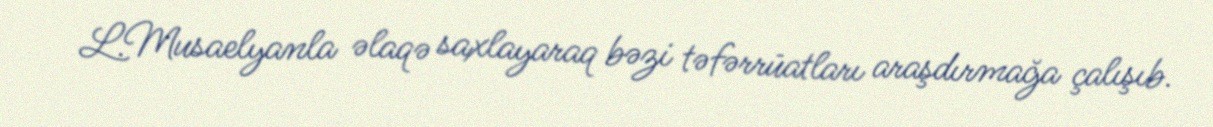
L.Musaelyanla əlaqə saxlayaraq bəzi təfərrüatları araşdırmağa çalışıb.